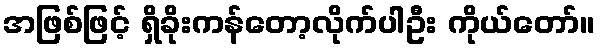
အဖြစ်ဖြင့် ရှိခိုးကန်တော့လိုက်ပါဦး ကိုယ်တော်။